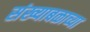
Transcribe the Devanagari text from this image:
संख्याबळाच्या